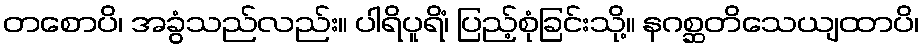
တစောပိ၊ အခွံသည်လည်း။ ပါရိပူရိံ၊ ပြည့်စုံခြင်းသို့။ နဂစ္ဆတိသေယျထာပိ၊